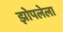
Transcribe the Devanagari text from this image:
झोपलेला